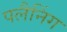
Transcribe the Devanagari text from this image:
पलैनिंग